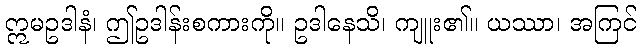
ဣမဥဒါနံ၊ ဤဥဒါန်းစကားကို။ ဥဒါနေသိ၊ ကျူး၏။ ယဿာ၊ အကြင်